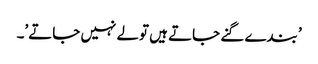
’ بندے گنے جاتے ہیں تولے نہیں جاتے’۔